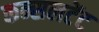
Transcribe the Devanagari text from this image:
कन्सलटेंट